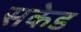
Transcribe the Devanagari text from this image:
सकेड